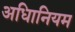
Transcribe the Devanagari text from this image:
अधिानियम